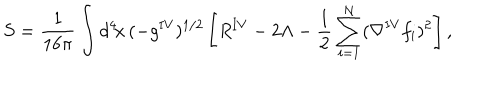
S = \frac { 1 } { 1 6 \pi } \int d ^ { 4 } \! x \, ( - g ^ { \mathrm { I V } } ) ^ { 1 / 2 } \left[ R ^ { \mathrm { I V } } - 2 \Lambda - \frac { 1 } { 2 } \sum _ { i = 1 } ^ { N } ( \nabla ^ { \mathrm { I V } } f _ { i } ) ^ { 2 } \right] ,